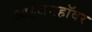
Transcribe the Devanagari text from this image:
आइजनहॉवर